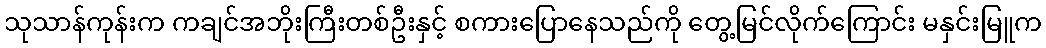
သုသာန်ကုန်းက ကချင်အဘိုးကြီးတစ်ဦးနှင့် စကားပြောနေသည်ကို တွေ့မြင်လိုက်ကြောင်း မနှင်းမြူက